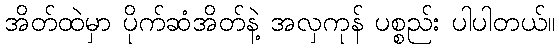
အိတ်ထဲမှာ ပိုက်ဆံအိတ်နဲ့ အလှကုန် ပစ္စည်း ပါပါတယ်။